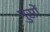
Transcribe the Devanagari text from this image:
मुसों